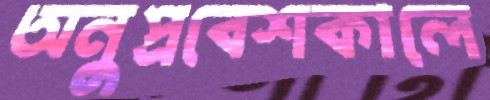
অনুপ্রবেশকালে